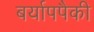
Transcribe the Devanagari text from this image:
बर्यापपैकी